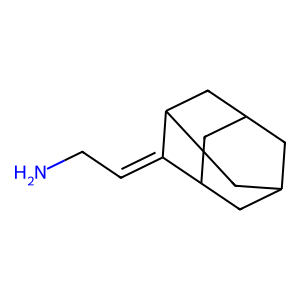
SMILES: NCC=C1C2CC3CC(C2)CC1C3
Inhibits HIV replication: No